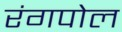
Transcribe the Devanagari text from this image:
रंगपोल